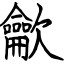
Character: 龡